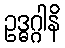
ဥဒ္ဓဂ္ဂါနိ